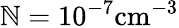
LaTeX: \mathbb{N}={10^{-7}}\mathrm{{{c}}}{\mathrm{{{m}}}^{-3}}